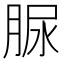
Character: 脲